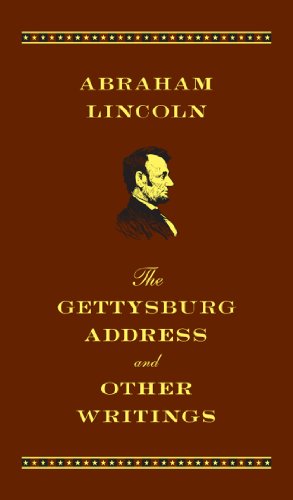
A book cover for Gettysburg Address and Other Writings; Abraham Lincoln; Literature & Fiction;